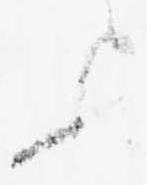
歟